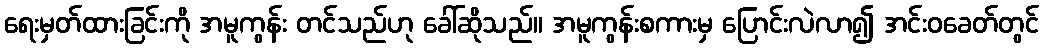
ရေးမှတ်ထားခြင်းကို အမူကွန်း တင်သည်ဟု ခေါ်ဆိုသည်။ အမူကွန်းစကားမှ ပြောင်းလဲလာ၍ အင်းဝခေတ်တွင်